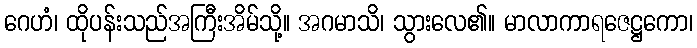
ဂေဟံ၊ ထိုပန်းသည်အကြီးအိမ်သို့။ အဂမာသိ၊ သွားလေ၏။ မာလာကာရဇေဋ္ဌကော၊